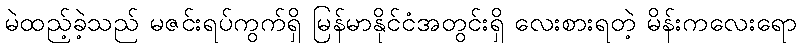
မဲထည့်ခဲ့သည် မဇင်းရပ်ကွက်ရှိ မြန်မာနိုင်ငံအတွင်းရှိ လေးစားရတဲ့ မိန်းကလေးရော